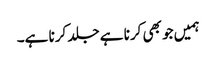
ہمیں جو بھی کرنا ہے جلد کرنا ہے۔